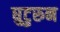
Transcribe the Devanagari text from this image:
घुटुरुन